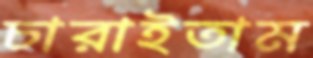
চারাইতাম